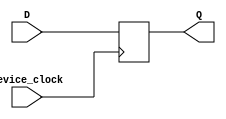
`timescale 1ns / 1ps
//////////////////////////////////////////////////////////////////////////////////
// Company: 
// Engineer: 
// 
// Design Name: 
// Module Name: d_flip_flop
// Project Name: 
// Target Devices: 
// Tool Versions: 
// Description: 
// 
// Dependencies: 
// 
// Revision:
// Revision 0.01 - File Created
// Additional Comments:
// 
//////////////////////////////////////////////////////////////////////////////////


module d_flip_flop(device_clock, D, Q);
    input device_clock;
    input D;
    output reg Q;
    
    always @ (posedge device_clock)
    begin
        Q = D;
    end

endmodule